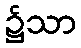
၌သာ